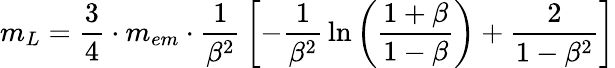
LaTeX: m_{L}={\frac{3}{4}}\cdot m_{em}\cdot{\frac{1}{\beta^{2}}}\left[-{\frac{1}{\beta^{2}}}\ln\left({\frac{1+\beta}{1-\beta}}\right)+{\frac{2}{1-\beta^{2}}}\right]